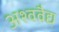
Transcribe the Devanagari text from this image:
अश्ववैद्य